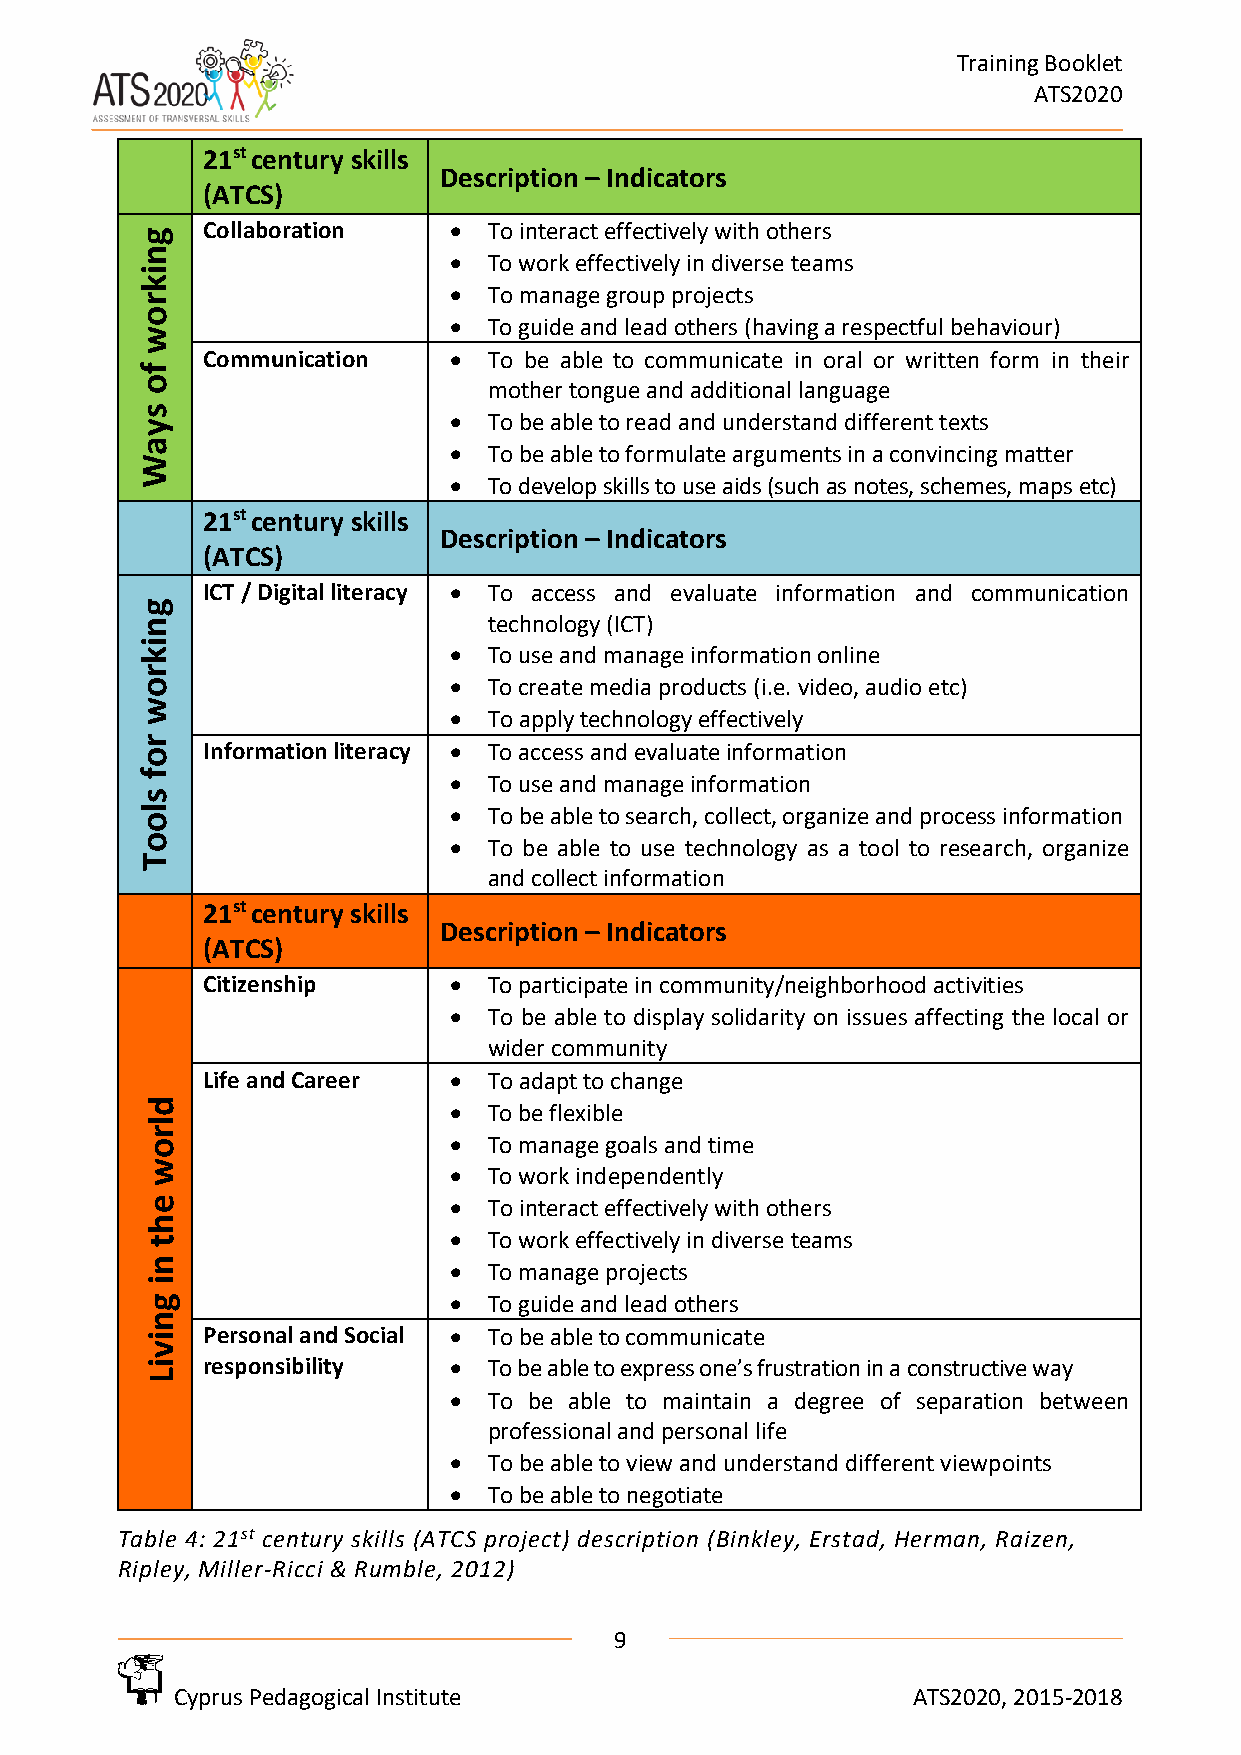
Training Booklet
 ATS2020
 21st century skills
 Description – Indicators
 (ATCS)
 Collaboration    • To interact effectively with others
 g
 n
 • To work effectively in diverse teams
 i
 k
 • To manage group projects
 r
 o
 • To guide and lead others (having a respectful behaviour)
 w
 Communication    • To be able to communicate in oral or written form in their
 f
 o                      mother tongue and additional language
 s
 • To be able to read and understand different texts
 y
 a
 • To be able to formulate arguments in a convincing matter
 W
 • To develop skills to use aids (such as notes, schemes, maps etc)
 21st century skills
 Description – Indicators
 (ATCS)
 ICT / Digital literacy • To access and evaluate information and communication
 g
 n                      technology (ICT)
 i
 k                    • To use and manage information online
 r
 o                    • To create media products (i.e. video, audio etc)
 w
 • To apply technology effectively
 r
 o   Information literacy • To access and evaluate information
 f                    • To use and manage information
 s
 l                    • To be able to search, collect, organize and process information
 o
 o                    • To be able to use technology as a tool to research, organize
 T
 and collect information
 21st century skills
 Description – Indicators
 (ATCS)
 Citizenship      • To participate in community/neighborhood activities
 • To be able to display solidarity on issues affecting the local or
 wider community
 Life and Career  • To adapt to change
 d                   • To be flexible
 l
 r
 o                   • To manage goals and time
 w
 • To work independently
 e                   • To interact effectively with others
 h
 t                   • To work effectively in diverse teams
 n                   • To manage projects
 i
 g                   • To guide and lead others
 n
 i  Personal and Social • To be able to communicate
 v
 i  responsibility   • To be able to express one’s frustration in a constructive way
 L
 • To be able to maintain a degree of separation between
 professional and personal life
 • To be able to view and understand different viewpoints
 • To be able to negotiate
 Table 4: 21st century skills (ATCS project) description (Binkley, Erstad, Herman, Raizen,
 Ripley, Miller-Ricci & Rumble, 2012)
 9
 Cyprus Pedagogical Institute                    ATS2020, 2015-2018